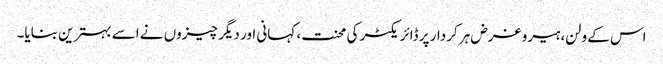
اس کے ولن، ہیرو غرض ہر کردار پر ڈائریکٹر کی محنت، کہانی اور دیگر چیزوں نے اسے بہترین بنایا۔